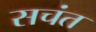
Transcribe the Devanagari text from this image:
सचंत